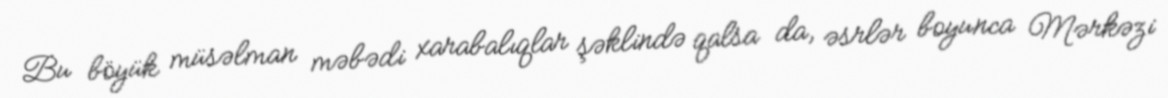
Bu böyük müsəlman məbədi xarabalıqlar şəklində qalsa da, əsrlər boyunca Mərkəzi